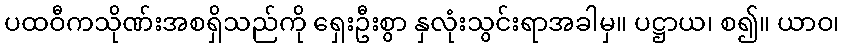
ပထဝီကသိုဏ်းအစရှိသည်ကို ရှေးဦးစွာ နှလုံးသွင်းရာအခါမှ။ ပဋ္ဌာယ၊ စ၍။ ယာဝ၊